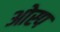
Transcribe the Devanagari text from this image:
ओस्प